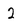
Character: 2